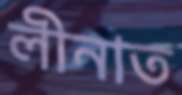
লীনাত